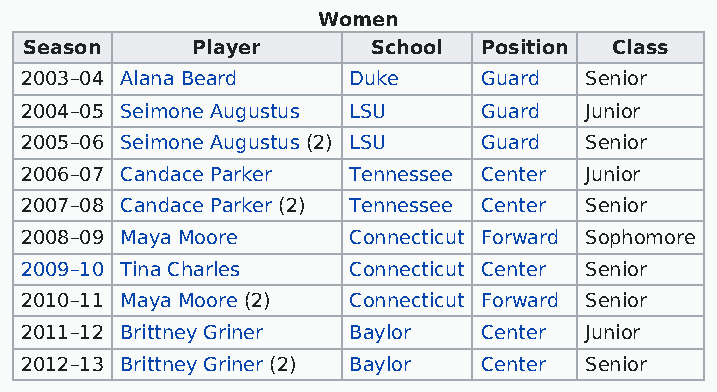
Women
 Season     Player      School Position Class
 2003–04 Alana Beard   Duke     Guard  Senior
 2004–05 Seimone Augustus LSU   Guard  Junior
 2005–06 Seimone Augustus (2) LSU Guard Senior
 2006–07 Candace Parker Tennessee Center Junior
 2007–08 Candace Parker (2) Tennessee Center Senior
 2008–09 Maya Moore    Connecticut Forward Sophomore
 2009–10 Tina Charles  Connecticut Center Senior
 2010–11 Maya Moore (2) Connecticut Forward Senior
 2011–12 Brittney Griner Baylor Center Junior
 2012–13 Brittney Griner (2) Baylor Center Senior